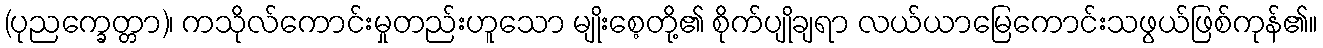
(ပုညက္ခေတ္တာ)၊ ကသိုလ်ကောင်းမှုတည်းဟူသော မျိုးစေ့တို့၏ စိုက်ပျိုချရာ လယ်ယာမြေကောင်းသဖွယ်ဖြစ်ကုန်၏။